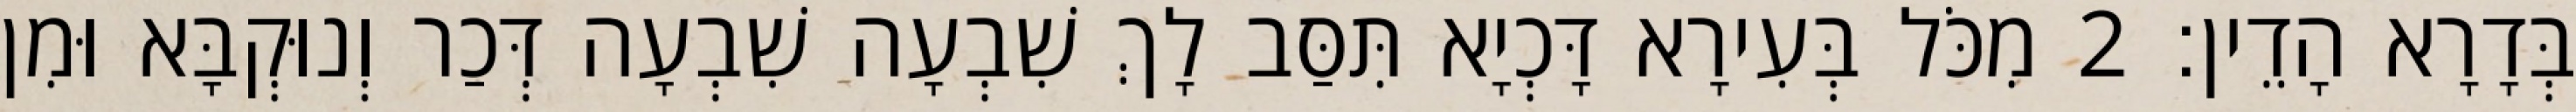
בְּדָרָא הָדֵין׃ 2 מִכֹּל בְּעִירָא דָּכְיָא תִּסַּב לָךְ שִׁבְעָה שִׁבְעָה דְּכַר וְנוּקְבָּא וּמִן